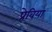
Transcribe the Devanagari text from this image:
प्रेविया